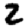
Digit: 2